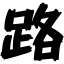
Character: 路